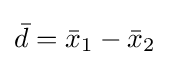
{\bar {d}}={\bar {x}}_{1}-{\bar {x}}_{2}